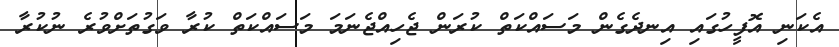
އެކަނި އޮފީހުގައި އިނދެގެން މަސައްކަތް ކުރަން ޖެހިއްޖެނަމަ މަސައްކަތް ކުރާ ވަގުތަށްވުރެ ނުކުރާ